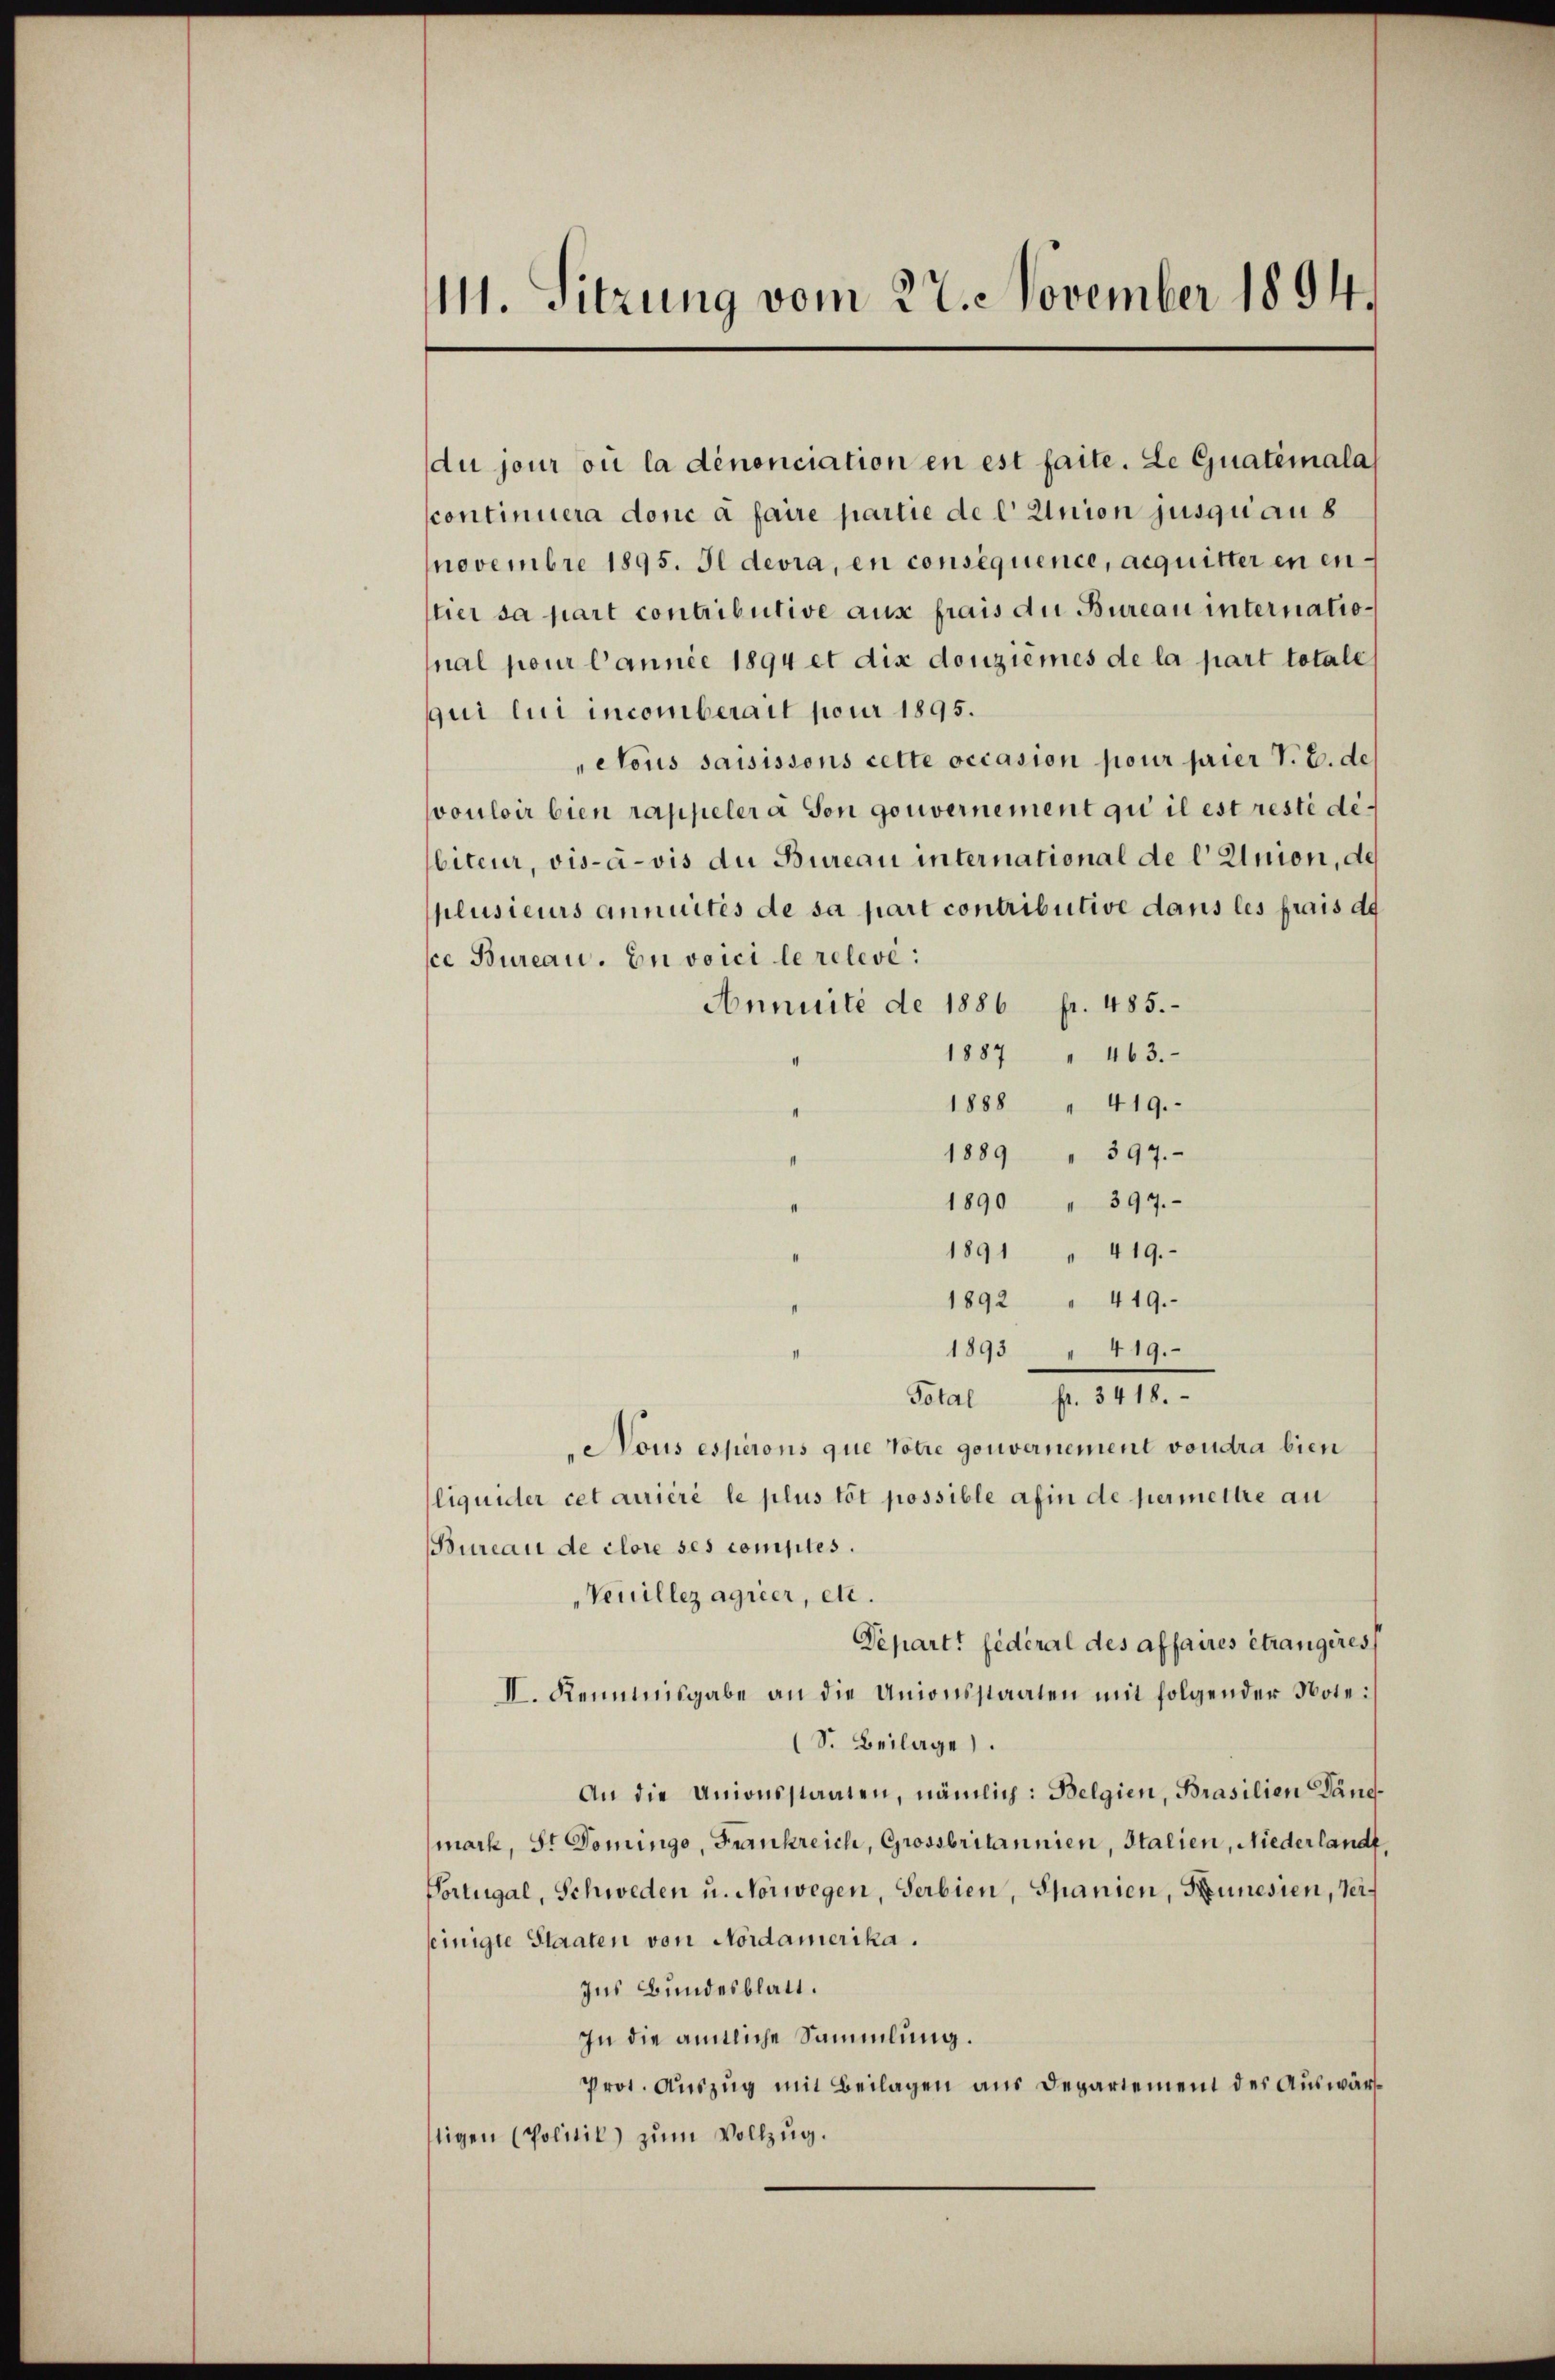
111. Sitzung vom 27. November 1894.

du jour où la dénonciation en est faite. Le Guatémala
continuera donc à faire partie de l' Union jusqu’au 8
novembre 1895. Il devra, en consequence, acquitter en enstier sa part contributive aus frais du Bureau international pour Cannie 1894 et die douzièmes de la part totale
qui lui incomberait pour 1895.
ctous saisissons cette occasion pour prier V. E. de
vouloir bien rappeler a son gouvernement qui il est resté débiteur, vis-à-vis du Bureau international de l' Union, de
plusieurs annuités de sa part contributive dans les frais da
sce Bureau. Euvoici le relevé:
Annuité de 1886 fr. 485.
1887 " 463.
1888 " 419.
1889 " 397.
1890 " 397.
1891 " 419.
1892 " 419.
1893 419.
Fal pr. 1814.
Nous esperons que Votre gouvernement voudra bien
liquider cet arrière le plus tôt possible afin de permettre au
Bureau de clore ses comptes.
Veuillez agrier, etc.
Departi fédéral des affaires étrangires
II. Kenntnisgabe an die Unionsstaaten mit folgender Note:
(S. Beilage.
An die Unionsstaaten, nämlich: Belgien, Brasilien Dändmark, Sr. Domingo, Frankreich, Grossbritannien, Italien, Niederland,
Vortugal, Schweden u. Norwegen, Serbien, Spanien, Neunesien, Verseinigte Staaten von Nordamerika.
ius Bundesblatt.
In die amtliche Sammlung.
Prot. Aŭszŭg mit Beilagen aus Departement des Auswärttigen (Politil) zum Vollzug.